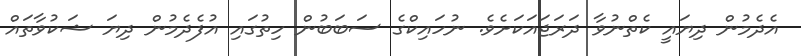
އެދެމުން ދިޔައީ ކެތްނުވާ ދަރަޖައަކަށެވެ. ނުހައިކްގެ ސަބަބުން ހިތުގައި އުފެދެމުން ދިޔަ ޝަކުވާތައް